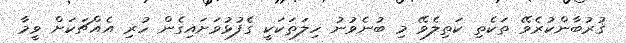
ޤުރުބާންކުރެވޭ ތަކެތި ކަތިލެވޭ މި ބުނެވުނު ހިލަތަކަކީ ގެފުޅުވަށައިގެން ހުރި އެއްޗަކަށް ވީމާ